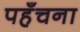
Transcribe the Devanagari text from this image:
पहँचना